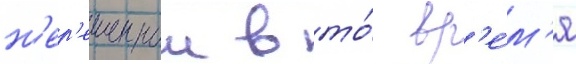
н'ер'ешеннои в то́ вр'е́м'я